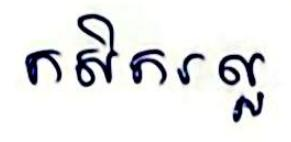
កសិករល្អ